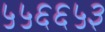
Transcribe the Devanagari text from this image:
५५६६५३